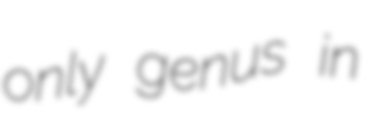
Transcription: only genus in